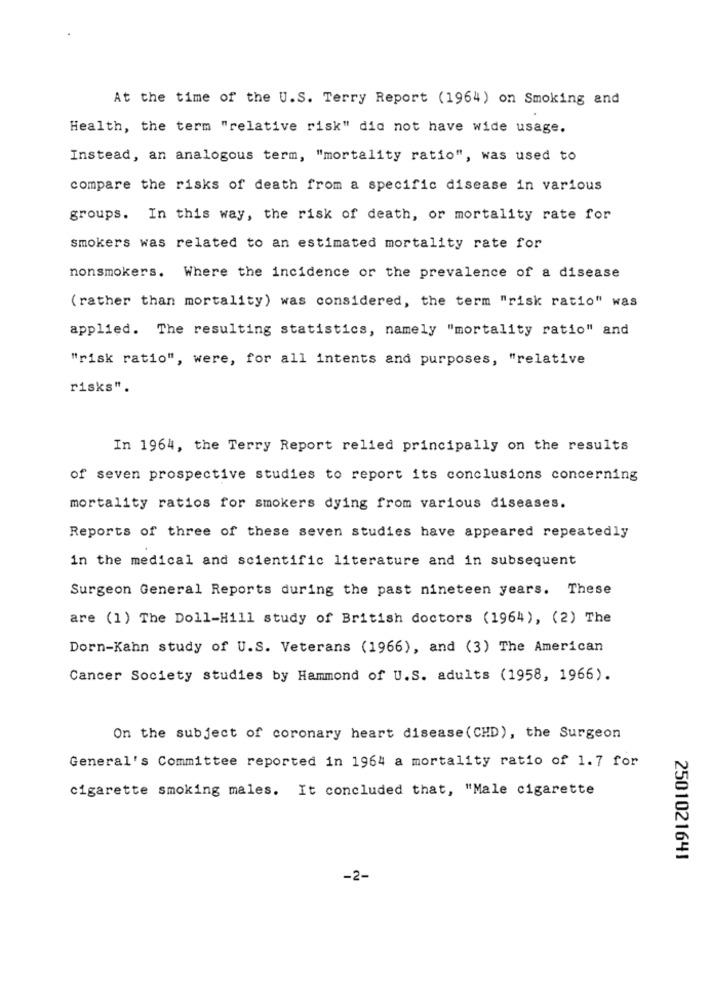
At the time of the U.S. Terry Report (1964) on Smoking and
Health, the term "relative risk" did not have wide usage.
Instead, an analogous term, "mortality ratio", was used to
compare the risks of death from a specific disease in various
groups. In this way, the risk of death, or mortality rate for
smokers was related to an estimated mortality rate for
nonsmokers. Where the incidence or the prevalence of a disease
( rather than mortality) was considered, the term "risk ratio" was
applied. The resulting statistics, namely "mortality ratio" and
"risk ratio", were, for all intents and purposes, "relative
risks".
In 1964, the Terry Report relied principally on the results
of seven prospective studies to report its conclusions concerning
mortality ratios for smokers dying from various diseases.
Reports of three of these seven studies have appeared repeatedly
in the medical and scientific literature and in subsequent
Surgeon General Reports during the past nineteen years. These
are (1) The Doll-Hill study of British doctors (1964), (2) The
Dorn-Kahn study of U.S. Veterans (1966), and (3) The American
Cancer Society studies by Hammond of U.S. adults (1958, 1966).
On the subject of coronary heart disease (CHD), the Surgeon
General's Committee reported in 1964 a mortality ratio of 1.7 for
cigarette smoking males. It concluded that, "Male cigarette
2501021641
-2-